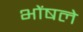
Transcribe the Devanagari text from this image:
भोंषले